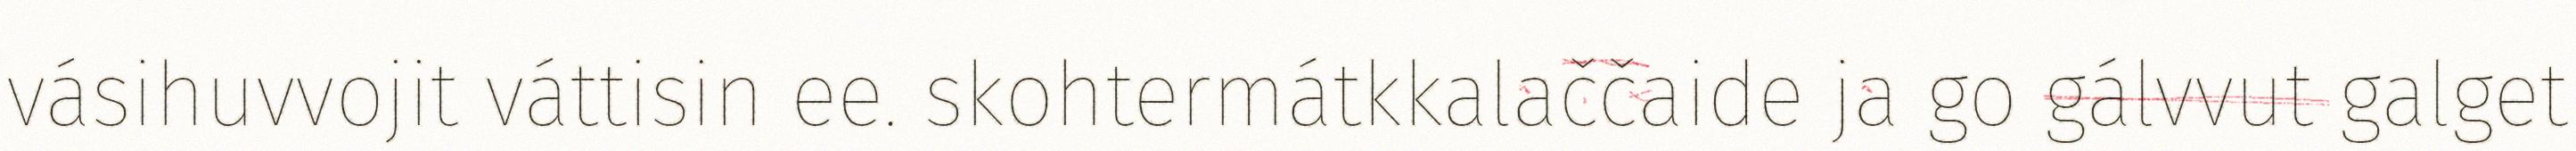
vásihuvvojit váttisin ee. skohtermátkkalaččaide ja go gálvvut galget